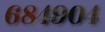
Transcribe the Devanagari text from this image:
६८४९०४